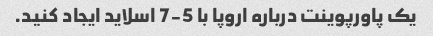
یک پاورپوینت درباره اروپا با 5-7 اسلاید ایجاد کنید.